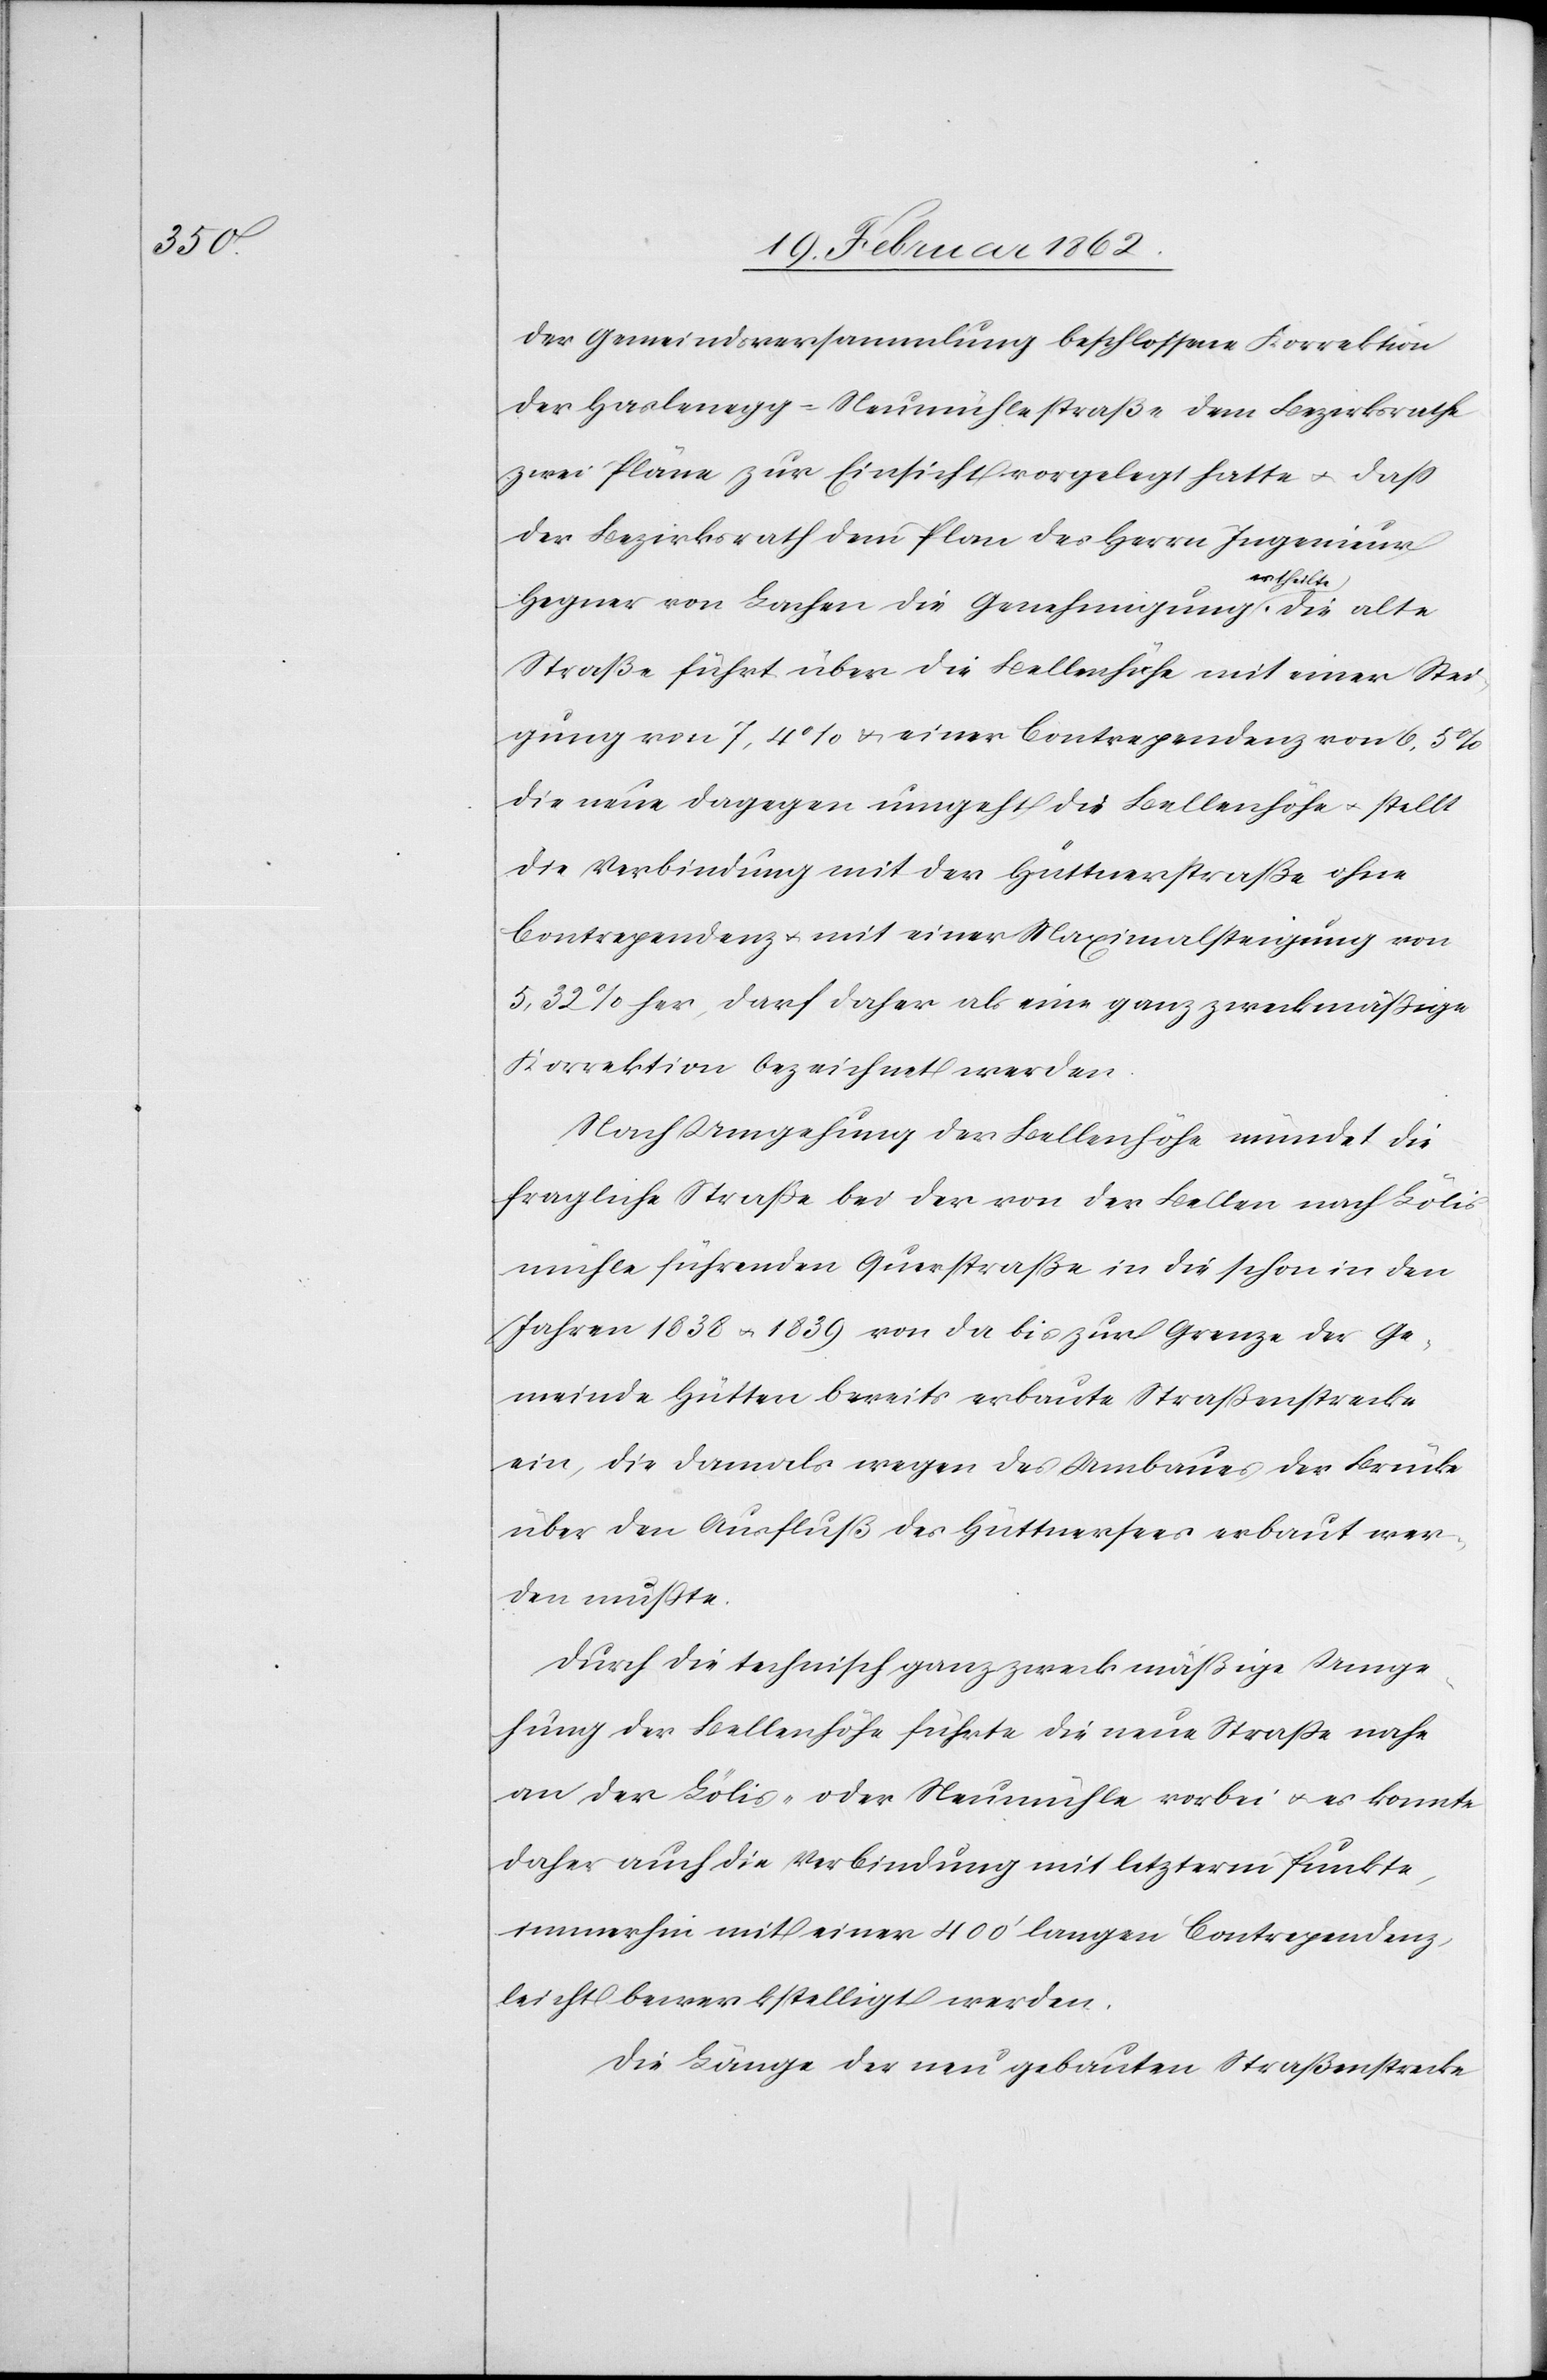
der Gemeindsversammlung beschlossene Korrektion
der Haslenegg-Neumühlestraße dem Bezirksrathe
zwei Pläne zur Einsicht vorgelegt hatte u. daß
der Bezirksrath dem Plan des Herrn Ingenieur
Hegner von Lachen die Genehmigung ertheilte.
Straße führt über die Bellenhöhe mit einer Stei¬
gung von 7,4% u. einer Contrependenz von 6,5%
die neue dagegen umgeht die Bellenhöhe u. stellt
die Verbindung mit der Hüttnerstraße ohne
Contrependenz u. mit einer Maximalsteigung von
5,32% her, darf daher als eine ganz zweckmäßige
Korrektion bezeichnet werden.
Nach Umgehung der Bellenhöhe mündet die
fragliche Straße bei der von der Bellen nach Lölis¬
mühle führenden Querstraße in die schon in den
Jahren 1838 u. 1839 von da bis zur Grenze der Ge¬
meinde Hütten bereits erbaute Straßenstrecke
ein, die damals wegen des Umbaues der Brücke
über den Ausfluß des Hüttnersees erbaut wer¬
den mußte.
Durch die technisch ganz zweckmäßige Umge¬
hung der Bellenhöhe führte die neue Straße nahe
an der Lölis- oder Neumühle vorbei u. es konnte
daher auch die Verbindung mit letzterm Punkte,
immerhin mit einer 400’ langen Contrependenz,
leicht bewerkstelligt werden.
Die Länge der neu gebauten Straßenstrecke